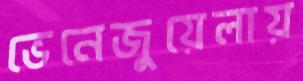
ভেনেজুয়েলায়